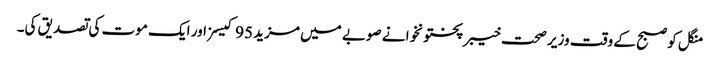
منگل کو صبح کے وقت وزیر صحت خیبرپختونخوا نے صوبے میں مزید 95 کیسز اور ایک موت کی تصدیق کی۔